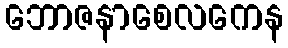
ဘောဇနာစေလကေန